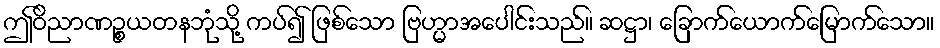
ဤဝိညာဏဉ္စယတနဘုံသို့ ကပ်၍ ဖြစ်သော ဗြဟ္မာအပေါင်းသည်။ ဆဋ္ဌာ၊ ခြောက်ယောက်မြောက်သော။